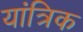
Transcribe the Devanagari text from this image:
यांत्रिक